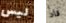
ليس قاد